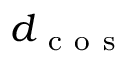
d _ { \mathrm { ~ c ~ o ~ s ~ } }